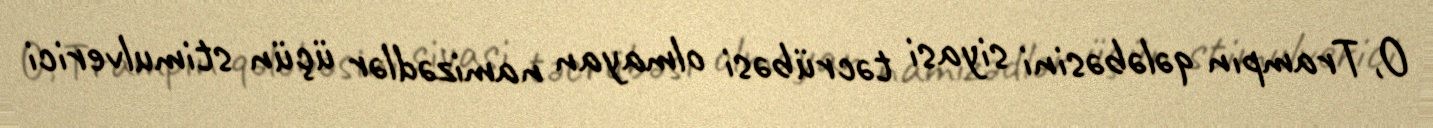
O, Trampın qələbəsini siyasi təcrübəsi olmayan namizədlər üçün stimulverici